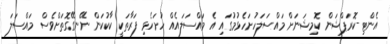
އެންޓި-ކޮރަޕްޝަން ކޮމިޝަނަށް މައްސަލަހުށަހެޅުމުގައި އެ މައްސަލައެއް ހުށަހެޅި ފަރާތަކީ ކާކުކަން ނޭނގޭގޮތަށްވެސް މައްސަލަ